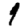
Digit: 9